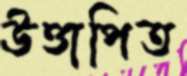
উত্তাপিত